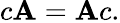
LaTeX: c\mathbf{A}=\mathbf{A}c.